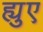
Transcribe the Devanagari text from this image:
ह्युए